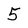
Character: 5